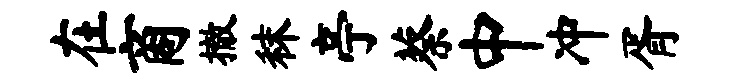
在商撤秣亭蔡中冲胥